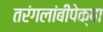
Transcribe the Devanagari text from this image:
तरंगलांबींपेक्षा